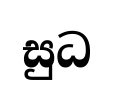
සුධ